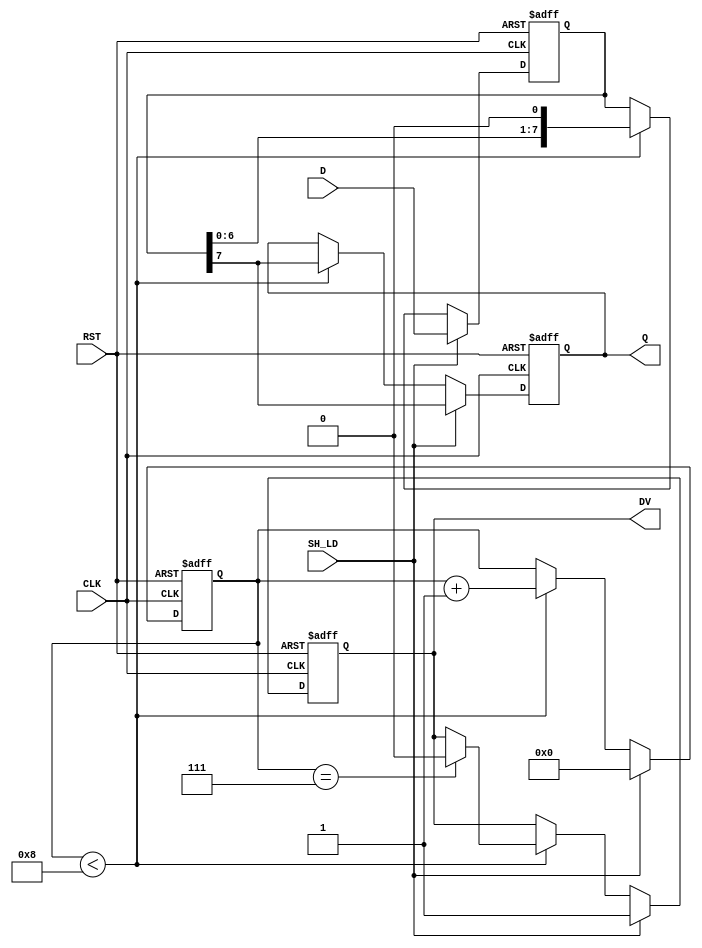
module PISO_Register #(
    parameter N = 8  // Number of bits in the register
)(
    input  wire [N-1:0] D,       // Parallel Data Inputs
    input  wire SH_LD,           // Shift Control (1 = Load, 0 = Shift)
    input  wire CLK,              // Clock
    input  wire RST,              // Asynchronous Reset
    output reg  Q,                // Serial Output
    output reg  DV                // Data Valid
);

    reg [N-1:0] internal_reg;     // Internal n-bit register
    reg [3:0] shift_count;         // Counter for shifting bits

    // Asynchronous reset and data loading / shifting
    always @(posedge CLK or posedge RST) begin
        if (RST) begin
            internal_reg <= {N{1'b0}}; // Clear the internal register
            Q <= 1'b0;                 // Clear the output
            DV <= 1'b0;                // Clear Data Valid
            shift_count <= 4'd0;       // Reset shift counter
        end else begin
            if (SH_LD) begin           // Load mode
                internal_reg <= D;     // Load parallel data
                Q <= internal_reg[N-1]; // Output the MSB
                DV <= 1'b1;            // Data is valid
                shift_count <= 4'd0;   // Reset shift counter
            end else begin             // Shift mode
                if (shift_count < N) begin
                    Q <= internal_reg[N-1]; // Output the MSB
                    internal_reg <= {internal_reg[N-2:0], 1'b0}; // Shift right
                    shift_count <= shift_count + 1; // Increment shift counter
                    if (shift_count == N-1) begin
                        DV <= 1'b0; // De-assert Data Valid after all bits shifted out
                    end
                end
            end
        end
    end

endmodule